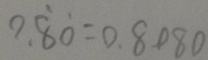
0 . \dot { 8 } \dot { 0 } = 0 . 8 0 8 0